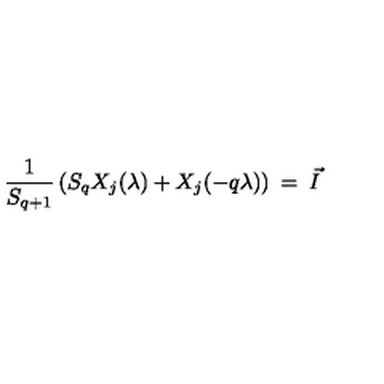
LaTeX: \frac { 1 } { S _ { q + 1 } } \left( S _ { q } X _ { j } ( \lambda ) + X _ { j } ( - q \lambda ) \right) \: = \: \vec { I } \